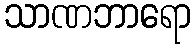
သာဏဘာရော